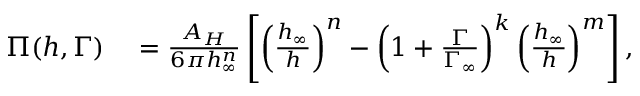
\begin{array} { r l } { \Pi ( h , \Gamma ) } & { { } = \frac { A _ { H } } { 6 \pi h _ { \infty } ^ { n } } \left[ \left( \frac { h _ { \infty } } { h } \right) ^ { n } - \left( 1 + \frac { \Gamma } { \Gamma _ { \infty } } \right) ^ { k } \left( \frac { h _ { \infty } } { h } \right) ^ { m } \right] , } \end{array}